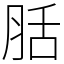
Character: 䏦